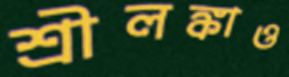
শ্রীলঙ্কাও